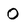
Character: 0